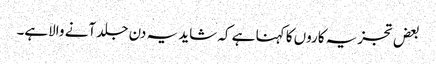
بعض تجزیہ کاروں کا کہنا ہے کہ شاید یہ دن جلد آنے والاہے۔